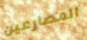
المصارعين